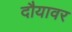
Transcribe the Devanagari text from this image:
दौयावर